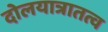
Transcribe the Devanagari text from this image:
दोलयात्रातत्व